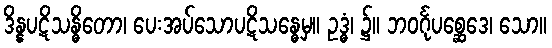
ဒိန္နပဋိသန္ဓိတော၊ ပေးအပ်သောပဋိသန္ဓေမှ။ ဥဒ္ဓံ၊ ၌။ ဘဝင်္ဂုပစ္ဆေဒေ၊ သော။